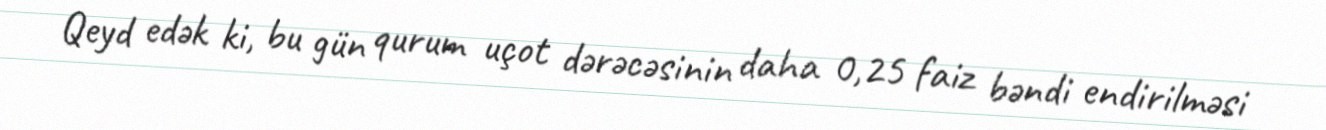
Qeyd edək ki, bu gün qurum uçot dərəcəsinin daha 0,25 faiz bəndi endirilməsi